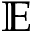
\mathbb { E }